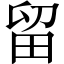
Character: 留